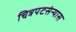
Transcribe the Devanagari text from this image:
चित्रपटसंन्यास